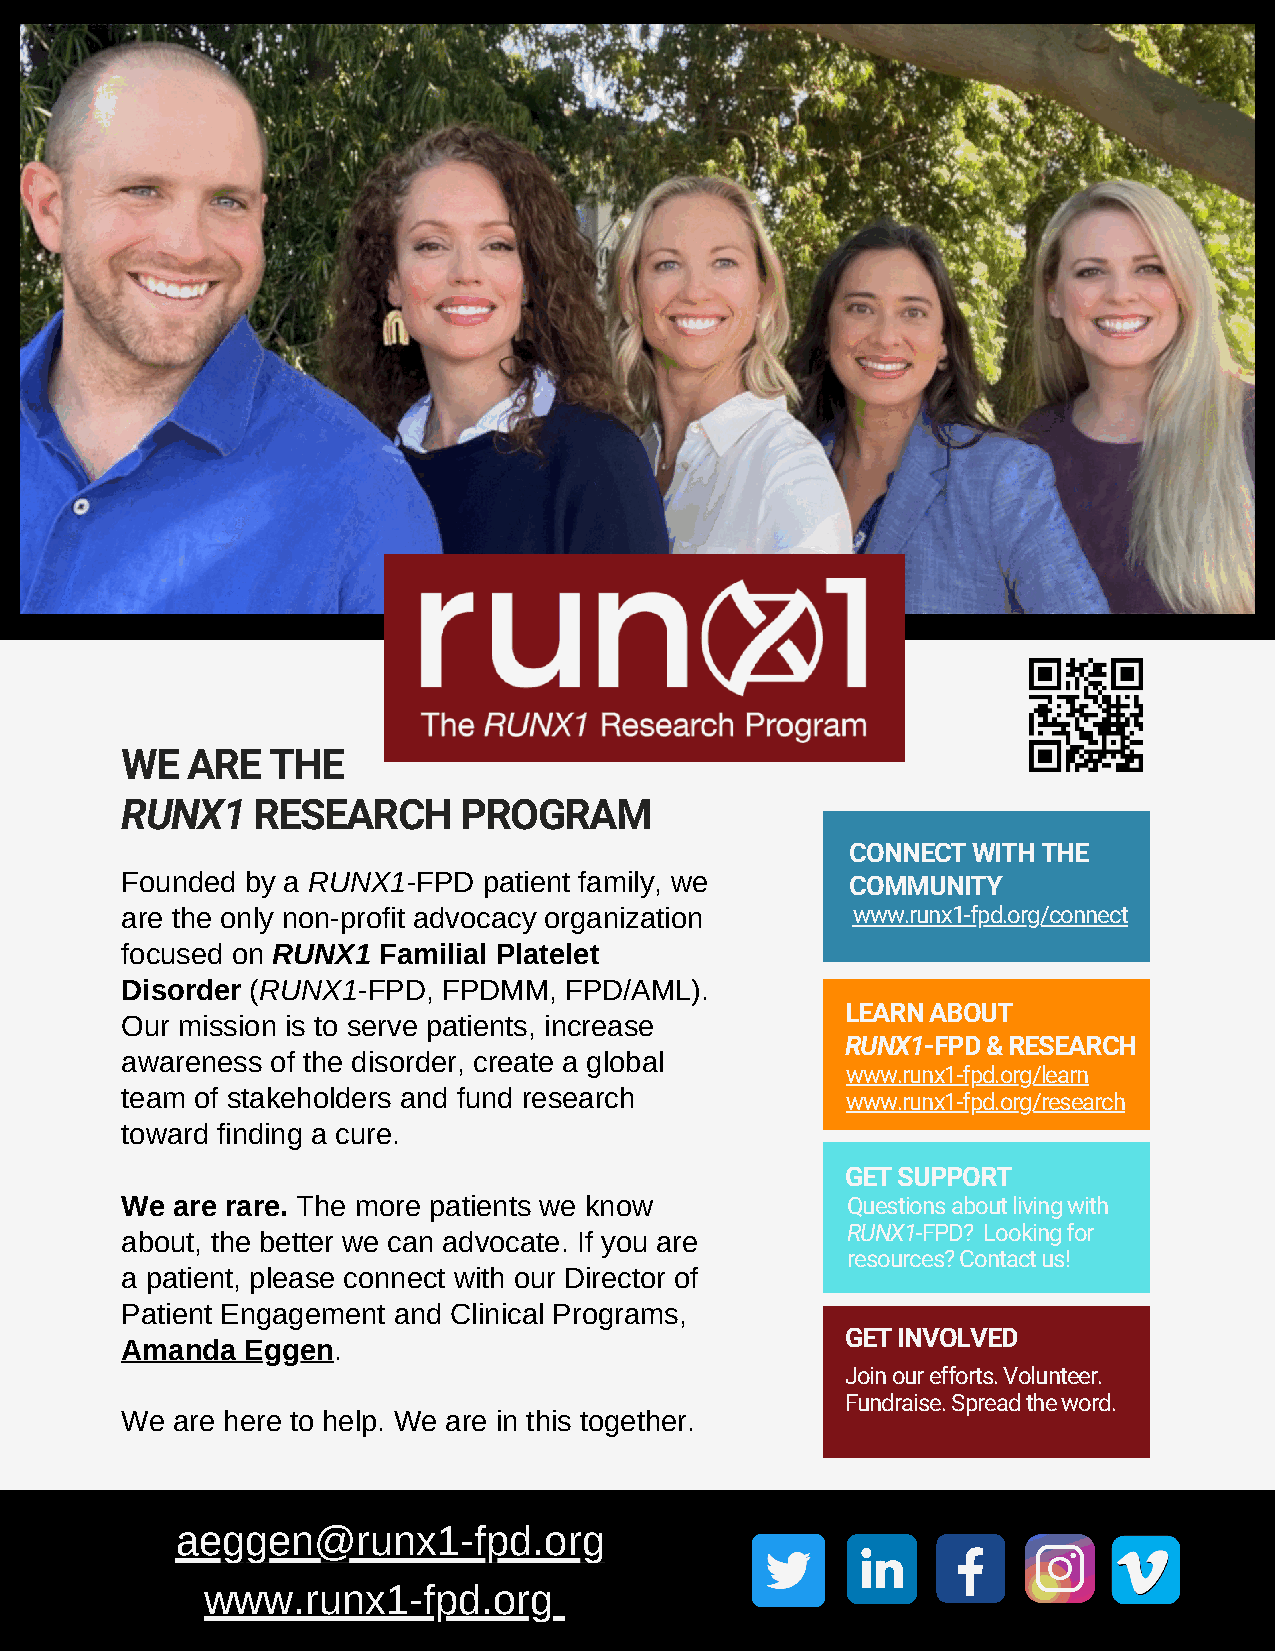
WE  ARE   THE
 RUNX1    RESEARCH     PROGRAM
 CONNECT WITH THE
 Founded by a RUNX1-FPD  patient family, we      COMMUNITY
 are the only non-profit advocacy organization   www.runx1-fpd.org/connect
 focused on RUNX1 Familial Platelet
 Disorder (RUNX1-FPD, FPDMM,  FPD/AML).
 LEARN ABOUT
 Our mission is to serve patients, increase
 RUNX1-FPD & RESEARCH
 awareness of the disorder, create a global
 www.runx1-fpd.org/learn
 team of stakeholders and fund research
 www.runx1-fpd.org/research
 toward finding a cure.
 GET SUPPORT
 We are rare. The more patients we know          Questions about living with
 about, the better we can advocate. If you are   RUNX1-FPD? Looking for
 resources? Contact us!
 a patient, please connect with our Director of
 Patient Engagement and Clinical Programs,
 GET INVOLVED
 Amanda  Eggen.
 Join our efforts. Volunteer.
 Fundraise. Spread the word.
 We are here to help. We are in this together.
 aeggen@runx1-fpd.org
 www.runx1-fpd.org